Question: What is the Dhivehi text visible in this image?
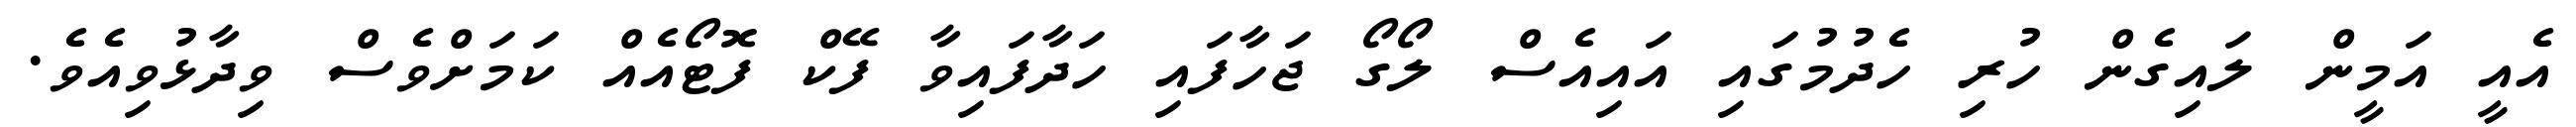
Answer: އެއީ އަމީން ލައިގެން ހުރި ހެދުމުގައި އައިއެސް ލޯގޯ ޖަހާފައި ހަދާފައިވާ ފޭކް ފޮޓޯއެއް ކަމަށްވެސް ވިދާޅުވިއެވެ.